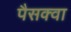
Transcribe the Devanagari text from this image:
पैसक्वा